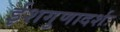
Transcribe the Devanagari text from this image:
ईशगुणादर्शः